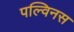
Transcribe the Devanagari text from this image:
पल्विनस